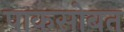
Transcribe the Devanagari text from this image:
पाकसोबत